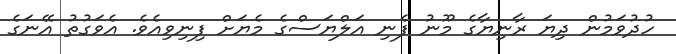
ހުދުވަމުން ދިޔަ ރާނިޔާގެ މޫނު ފެނި އަލްޔަސްގެ މެޔަށް ފިނިވިއެވެ. އެވަގުތު އޭނަގެ